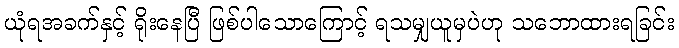
ယုံရအခက်နှင့် ရိုးနေပြီ ဖြစ်ပါသောကြောင့် ရသမျှယူမှပဲဟု သဘောထားရခြင်း